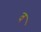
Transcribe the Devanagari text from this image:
व